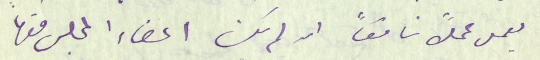
يعمل عملاً ناقصاً ان لم يكن اعضاء المجلس منها